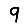
Digit: 9